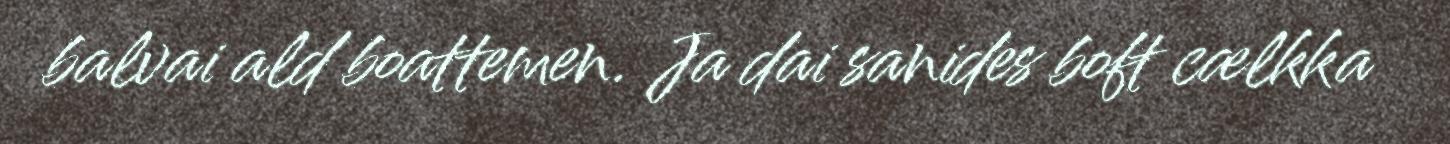
balvai ald boattemen. Ja dai sanides boft cælkka